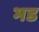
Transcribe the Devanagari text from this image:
भड